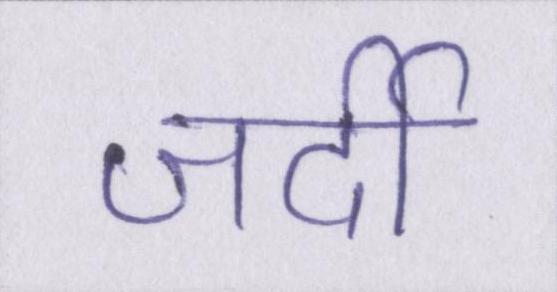
जर्दी